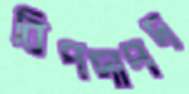
বিপদাপদ